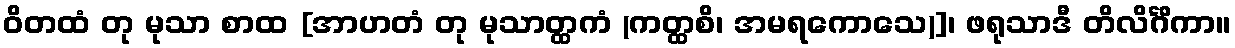
ဝိတထံ တု မုသာ စာထ [အာဟတံ တု မုသာတ္ထကံ (ကတ္ထစိ၊ အမရကောသေ)]၊ ဖရုသာဒီ တိလိင်္ဂိကာ။